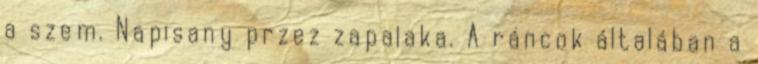
a szem. Napisany przez zapalaka. A ráncok általában a